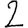
Digit: 2